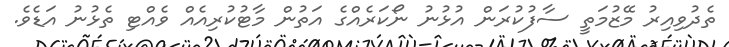
ތެދުވިއިރު މޭޒުމަތީ ސާފުކުރަން އުޅުނު ނޯކަރެއްގެ އަތުން މާޓުކުރިއެއް ވެއްޓި ތެޅުނު އަޑެވެ.